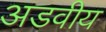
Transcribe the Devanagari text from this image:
अडवीय